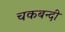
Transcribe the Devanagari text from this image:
चकबन्दी